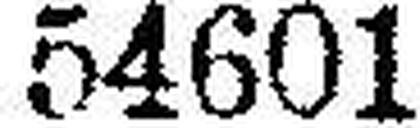
54601